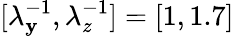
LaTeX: [\lambda_{\mathbf{y}}^{-1},\lambda_{z}^{-1}]=[1,1.7]